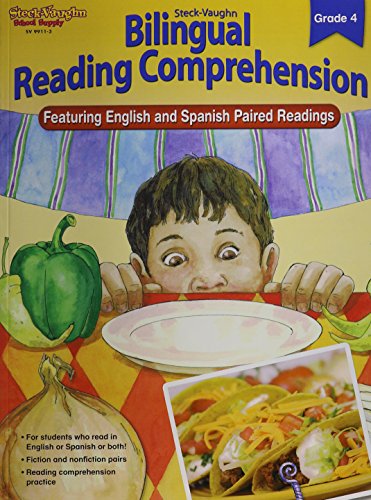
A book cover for Steck-Vaughn Bilingual Reading Comprehension: Reproducible Grade 4; STECK-VAUGHN; Children's Books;